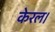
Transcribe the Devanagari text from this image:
केरल।